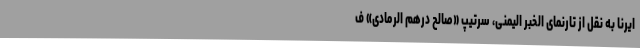
ایرنا به نقل از تارنمای الخبر الیمنی، سرتیپ «صالح درهم الرمادی» ف